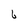
Character: 6